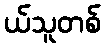
ယ်သူတစ်